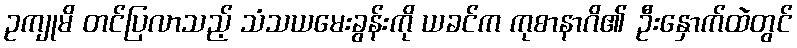
ဥကျုမိ တင်ပြလာသည့် သံသယမေးခွန်းကို ယခင်က ကုစာနာဂိ၏ ဦးနှောက်ထဲတွင်